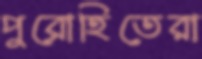
পুরোহিতেরা